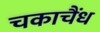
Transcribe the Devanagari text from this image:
चकाचैंध